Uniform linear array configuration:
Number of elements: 4
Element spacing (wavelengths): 0.5
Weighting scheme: uniform
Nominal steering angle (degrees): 30
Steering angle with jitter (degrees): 29.056
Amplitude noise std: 0.05
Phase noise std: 0.05

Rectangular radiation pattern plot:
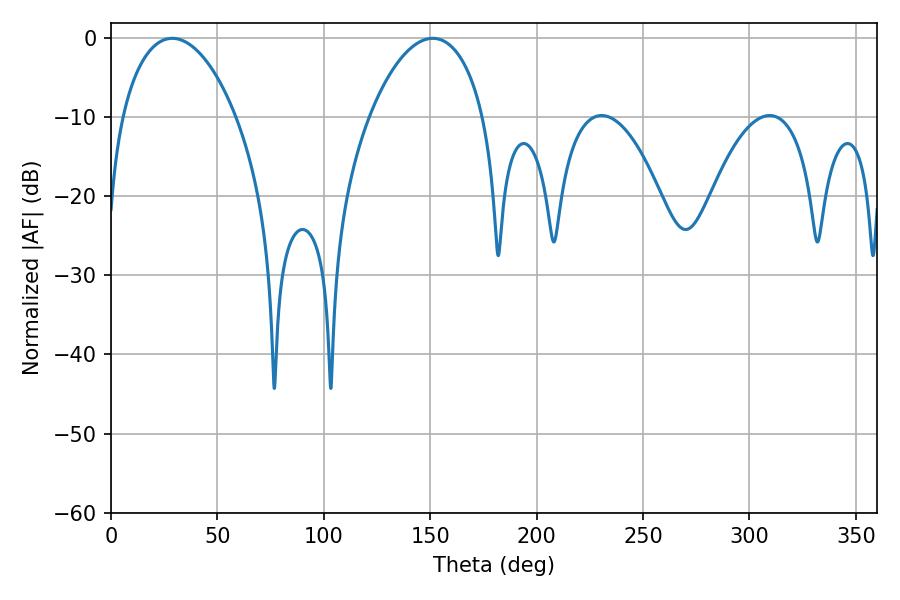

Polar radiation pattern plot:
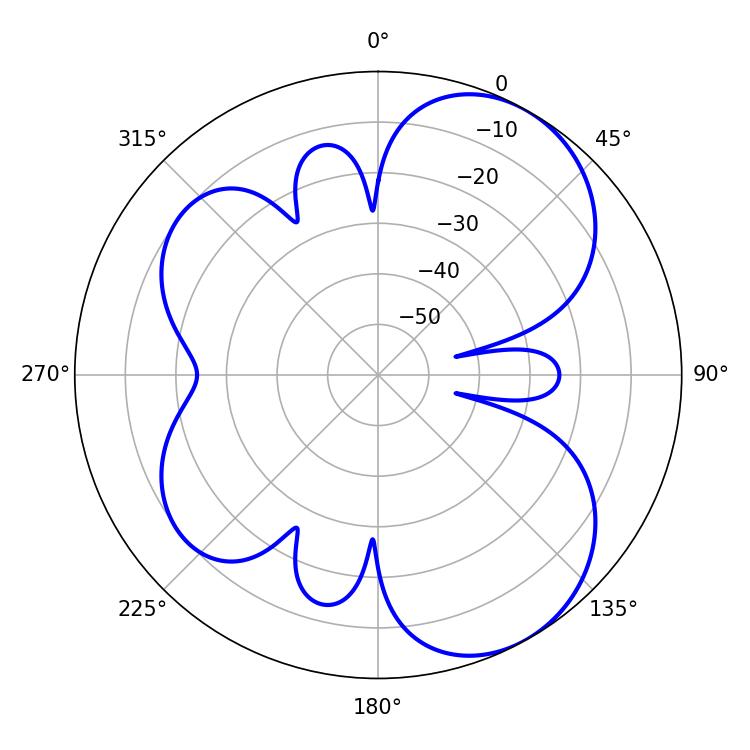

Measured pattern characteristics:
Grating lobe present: FALSE
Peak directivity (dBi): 6.29
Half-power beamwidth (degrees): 30.42
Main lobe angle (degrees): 28.8